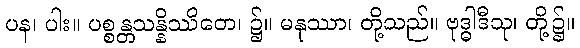
ပန၊ ပါး။ ပစ္စန္တသန္နိဿိတေ၊ ၌။ မနုဿာ၊ တို့သည်။ ဗုဒ္ဓါဒီသု၊ တို့၌။